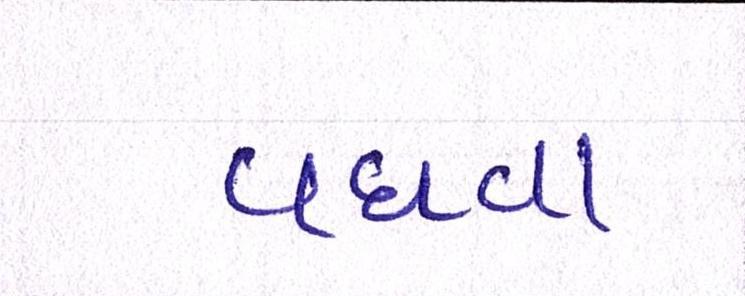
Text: વધવા